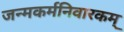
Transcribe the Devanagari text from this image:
जन्मकर्मनिवारकम्